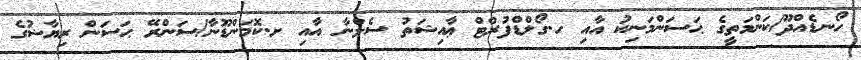
ހޯނޑެއްދޫ/ކަންމަތީގެ ޙަސަންމަނިކު އާއި ހ.ގޯލްޑްފުރްޓް ޢާއިޝަތު ސެލްނާ އާއި ށ.ކޮމަންޑޫނާ/ސަންރޭ ޙަސަން ރިޔާޟުގެ